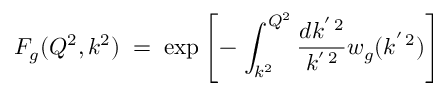
F _ { g } ( Q ^ { 2 } , k ^ { 2 } ) \; = \; \exp \left[ - \, \int _ { k ^ { 2 } } ^ { Q ^ { 2 } } \frac { d k ^ { ' \, 2 } } { k ^ { ' \, 2 } } w _ { g } ( k ^ { ' \, 2 } ) \right] \,